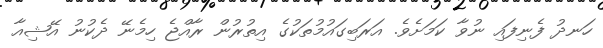
ހަނދު ފެނިފައި ނުވާ ކަމަށެވެ. އަރަބިގައުމުތަކުގެ އިތުރުން ރާއްޖެ ހިމެނޭ ދެކުނު އޭޝިއާ